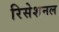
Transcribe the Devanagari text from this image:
रिसेशनल